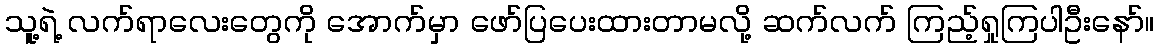
သူ့ရဲ့ လက်ရာလေးတွေကို အောက်မှာ ဖော်ပြပေးထားတာမလို့ ဆက်လက် ကြည့်ရှုကြပါဦးနော်။